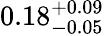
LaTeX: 0.18_{-0.05}^{+0.09}